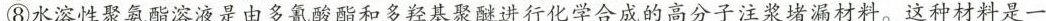
⑧水溶性聚氨酯溶液是由多氰酸酯和多羟基聚醚进行化学合成的高分子注浆堵漏材料。这种材料是一